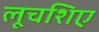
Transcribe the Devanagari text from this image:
लूचशिए